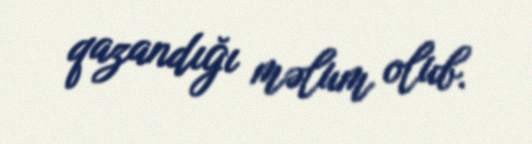
qazandığı məlum olub.